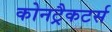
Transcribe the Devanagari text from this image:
कोनट्रैकटर्स